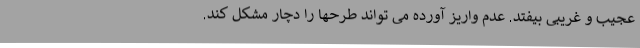
عجیب و غریبی بیفتد. عدم واریز آورده می تواند طرحها را دچار مشکل کند.